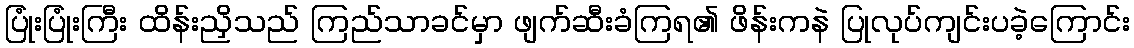
ပြုံးပြုံးကြီး ထိန်းညှိသည် ကြည်သာခင်မှာ ဖျက်ဆီးခံကြရ၏ ဖိန်းကနဲ ပြုလုပ်ကျင်းပခဲ့ကြောင်း